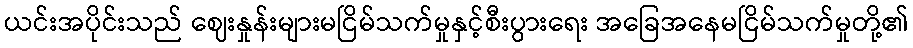
ယင်းအပိုင်းသည် ဈေးနှုန်းများမငြိမ်သက်မှုနှင့်စီးပွားရေး အခြေအနေမငြိမ်သက်မှုတို့၏